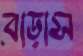
বাড়াস